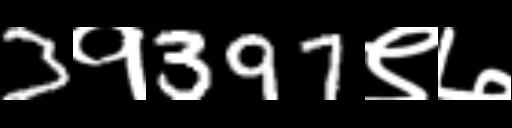
Text: 3१397९७